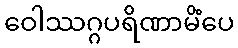
ဝေါဿဂ္ဂပရိဏာမိံပေ